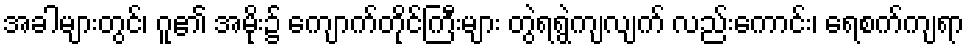
အခါများတွင်၊ ဂူ၏ အမိုး၌ ကျောက်တိုင်ကြီးများ တွဲရရွဲကျလျက် လည်းကောင်း၊ ရေစက်ကျရာ